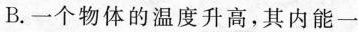
B.一个物体的温度升高，其内能一